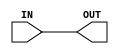
module GP_ABUF(input wire IN, output wire OUT);

	assign OUT = IN;

	//must be 1, 5, 20, 50
	//values >1 only available with Vdd > 2.7V
	parameter BANDWIDTH_KHZ = 1;

endmodule